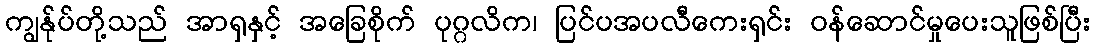
ကျွန်ုပ်တို့သည် အာရှနှင့် အခြေစိုက် ပုဂ္ဂလိက၊ ပြင်ပအပလီကေးရှင်း ဝန်ဆောင်မှုပေးသူဖြစ်ပြီး